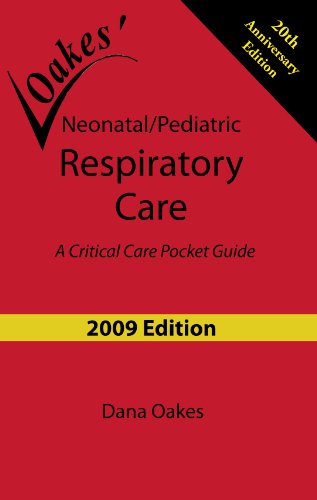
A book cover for Neonatal/Pediatric Respiratory Care: A Critical Care Pocket Guide (2009 - 6th edition); Dana Oakes; Medical Books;